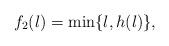
LaTeX: \begin{align*}f_2(l) = \min\{l, h(l)\},\end{align*}